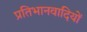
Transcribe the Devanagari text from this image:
प्रतिभानवादियों